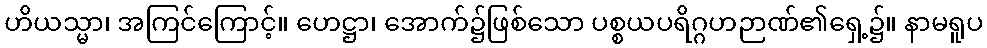
ဟိယသ္မာ၊ အကြင်ကြောင့်။ ဟေဋ္ဌာ၊ အောက်၌ဖြစ်သော ပစ္စယပရိဂ္ဂဟဉာဏ်၏ရှေ့၌။ နာမရူပ